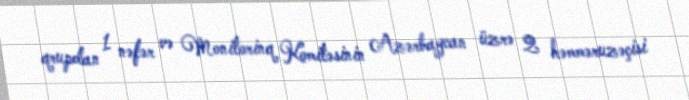
qrupdan 1 nəfər və Monitorinq Komitəsinin Azərbaycan üzrə 2 həmməruzəçisi